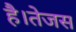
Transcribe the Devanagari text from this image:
है।तेजस